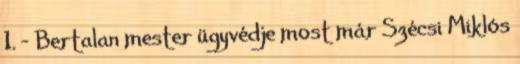
1. – Bertalan mester ügyvédje most már Szécsi Miklós